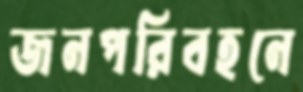
জনপরিবহনে